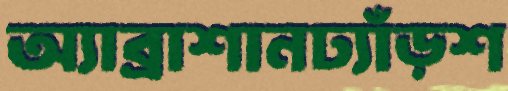
অ্যাব্রাশানঢ্যাঁড়শ